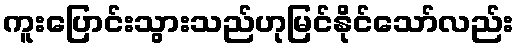
ကူးပြောင်းသွားသည်ဟုမြင်နိုင်သော်လည်း